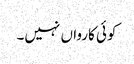
کوئی کارواں نہیں۔